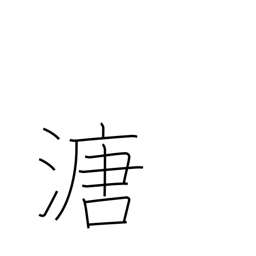
Meaning: mud